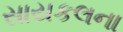
સાયકલના